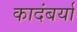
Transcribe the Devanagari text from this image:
कादंबर्या